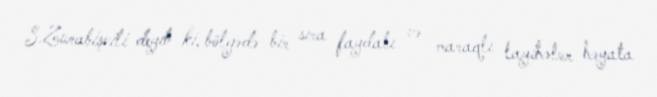
S.Zurabişvili deyib ki, bölgədə bir sıra faydalı və maraqlı layihələr həyata